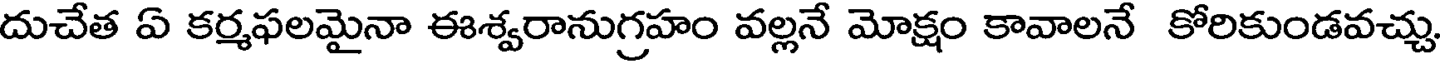
దుచేత ఏ కర్మఫలమైనా ఈశ్వరానుగ్రహం వల్లనే మోక్షం కావాలనే కోరికుండవచ్చు